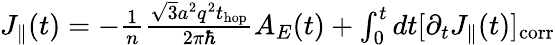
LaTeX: \begin{array}{r}{J_{\parallel}(t)=-\frac{1}{n}\frac{\sqrt{3}a^{2}q^{2}t_{\mathrm{hop}}}{2\pi\hbar}A_{E}(t)+\int_{0}^{t}dt[\partial_{t}J_{\parallel}(t)]_{\mathrm{corr}}}\end{array}